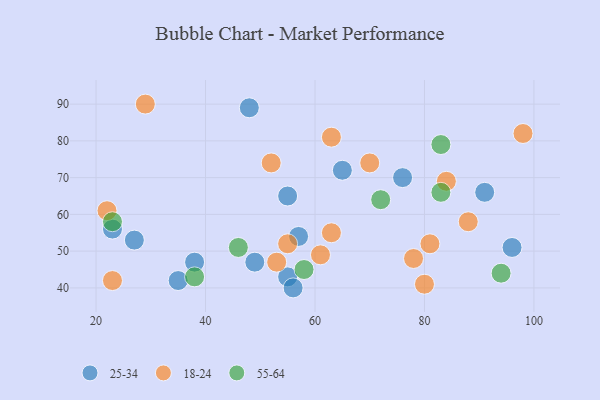
{"axis": {"x": "GDP", "y": "Life Expectancy"}, "legend": ["18-24", "25-34", "55-64"], "data": [{"x": "23", "y": 56, "type": "25-34"}, {"x": "76", "y": 70, "type": "25-34"}, {"x": "48", "y": 89, "type": "25-34"}, {"x": "57", "y": 54, "type": "25-34"}, {"x": "55", "y": 65, "type": "25-34"}, {"x": "55", "y": 43, "type": "25-34"}, {"x": "96", "y": 51, "type": "25-34"}, {"x": "35", "y": 42, "type": "25-34"}, {"x": "27", "y": 53, "type": "25-34"}, {"x": "65", "y": 72, "type": "25-34"}, {"x": "49", "y": 47, "type": "25-34"}, {"x": "56", "y": 40, "type": "25-34"}, {"x": "38", "y": 47, "type": "25-34"}, {"x": "91", "y": 66, "type": "25-34"}, {"x": "88", "y": 58, "type": "18-24"}, {"x": "61", "y": 49, "type": "18-24"}, {"x": "84", "y": 69, "type": "18-24"}, {"x": "78", "y": 48, "type": "18-24"}, {"x": "23", "y": 42, "type": "18-24"}, {"x": "52", "y": 74, "type": "18-24"}, {"x": "81", "y": 52, "type": "18-24"}, {"x": "70", "y": 74, "type": "18-24"}, {"x": "22", "y": 61, "type": "18-24"}, {"x": "80", "y": 41, "type": "18-24"}, {"x": "98", "y": 82, "type": "18-24"}, {"x": "55", "y": 52, "type": "18-24"}, {"x": "29", "y": 90, "type": "18-24"}, {"x": "63", "y": 81, "type": "18-24"}, {"x": "53", "y": 47, "type": "18-24"}, {"x": "63", "y": 55, "type": "18-24"}, {"x": "72", "y": 64, "type": "55-64"}, {"x": "58", "y": 45, "type": "55-64"}, {"x": "83", "y": 66, "type": "55-64"}, {"x": "94", "y": 44, "type": "55-64"}, {"x": "23", "y": 58, "type": "55-64"}, {"x": "46", "y": 51, "type": "55-64"}, {"x": "83", "y": 79, "type": "55-64"}, {"x": "38", "y": 43, "type": "55-64"}]}